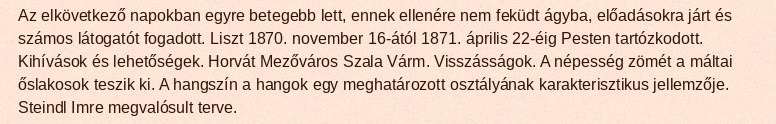
Az elkövetkező napokban egyre betegebb lett, ennek ellenére nem feküdt ágyba, előadásokra járt és számos látogatót fogadott. Liszt 1870. november 16-ától 1871. április 22-éig Pesten tartózkodott. Kihívások és lehetőségek. Horvát Mezőváros Szala Várm. Visszásságok. A népesség zömét a máltai őslakosok teszik ki. A hangszín a hangok egy meghatározott osztályának karakterisztikus jellemzője. Steindl Imre megvalósult terve.